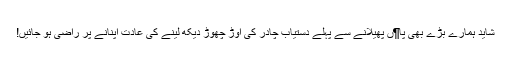
شاید ہمارے بڑے بھی پا¶ں پھیلانے سے پہلے دستیاب چادر کی اوڑ چھوڑ دیکھ لینے کی عادت اپنانے پر راضی ہو جائیں!